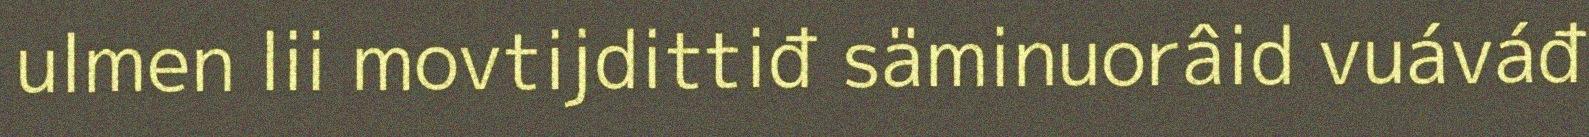
ulmen lii movtijdittiđ säminuorâid vuáváđ